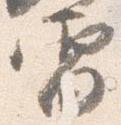
雷